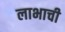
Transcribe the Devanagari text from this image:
लाभाची